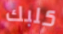
كلبك